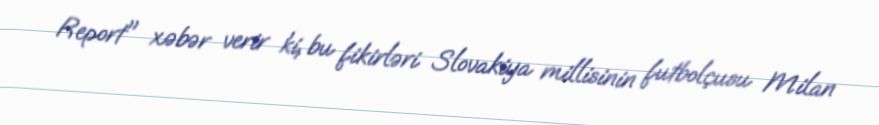
Report" xəbər verir ki, bu fikirləri Slovakiya millisinin futbolçusu Milan